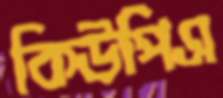
কিউপিএ